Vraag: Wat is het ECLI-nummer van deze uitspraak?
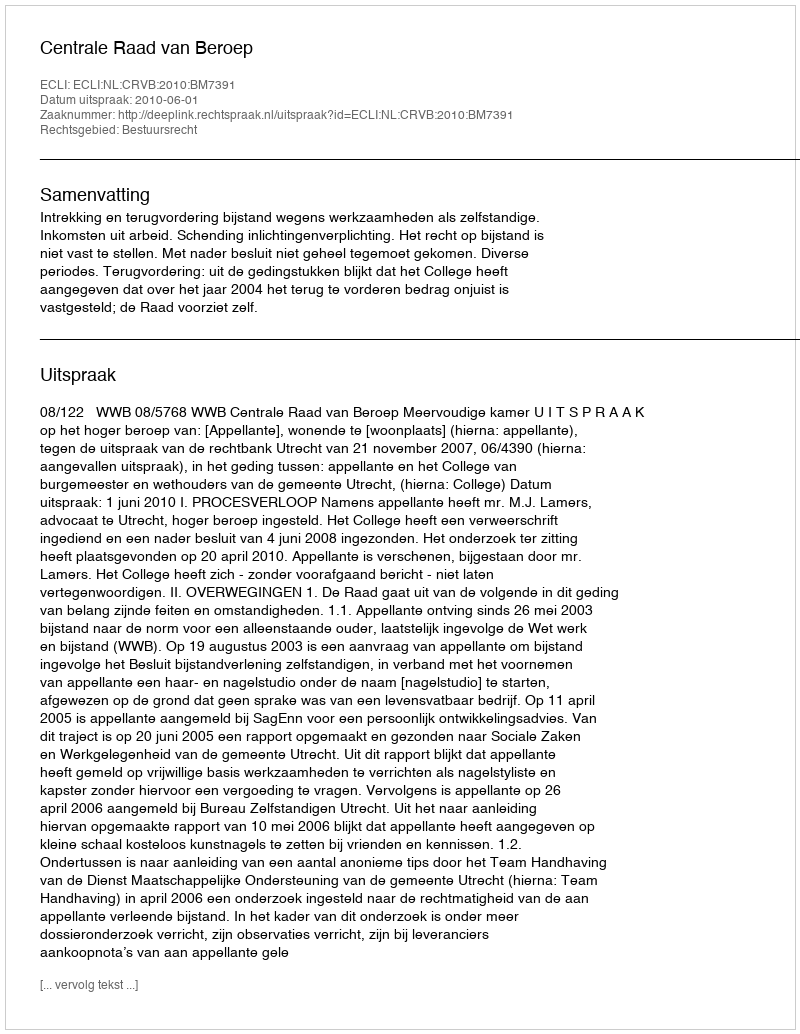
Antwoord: ECLI:NL:CRVB:2010:BM7391